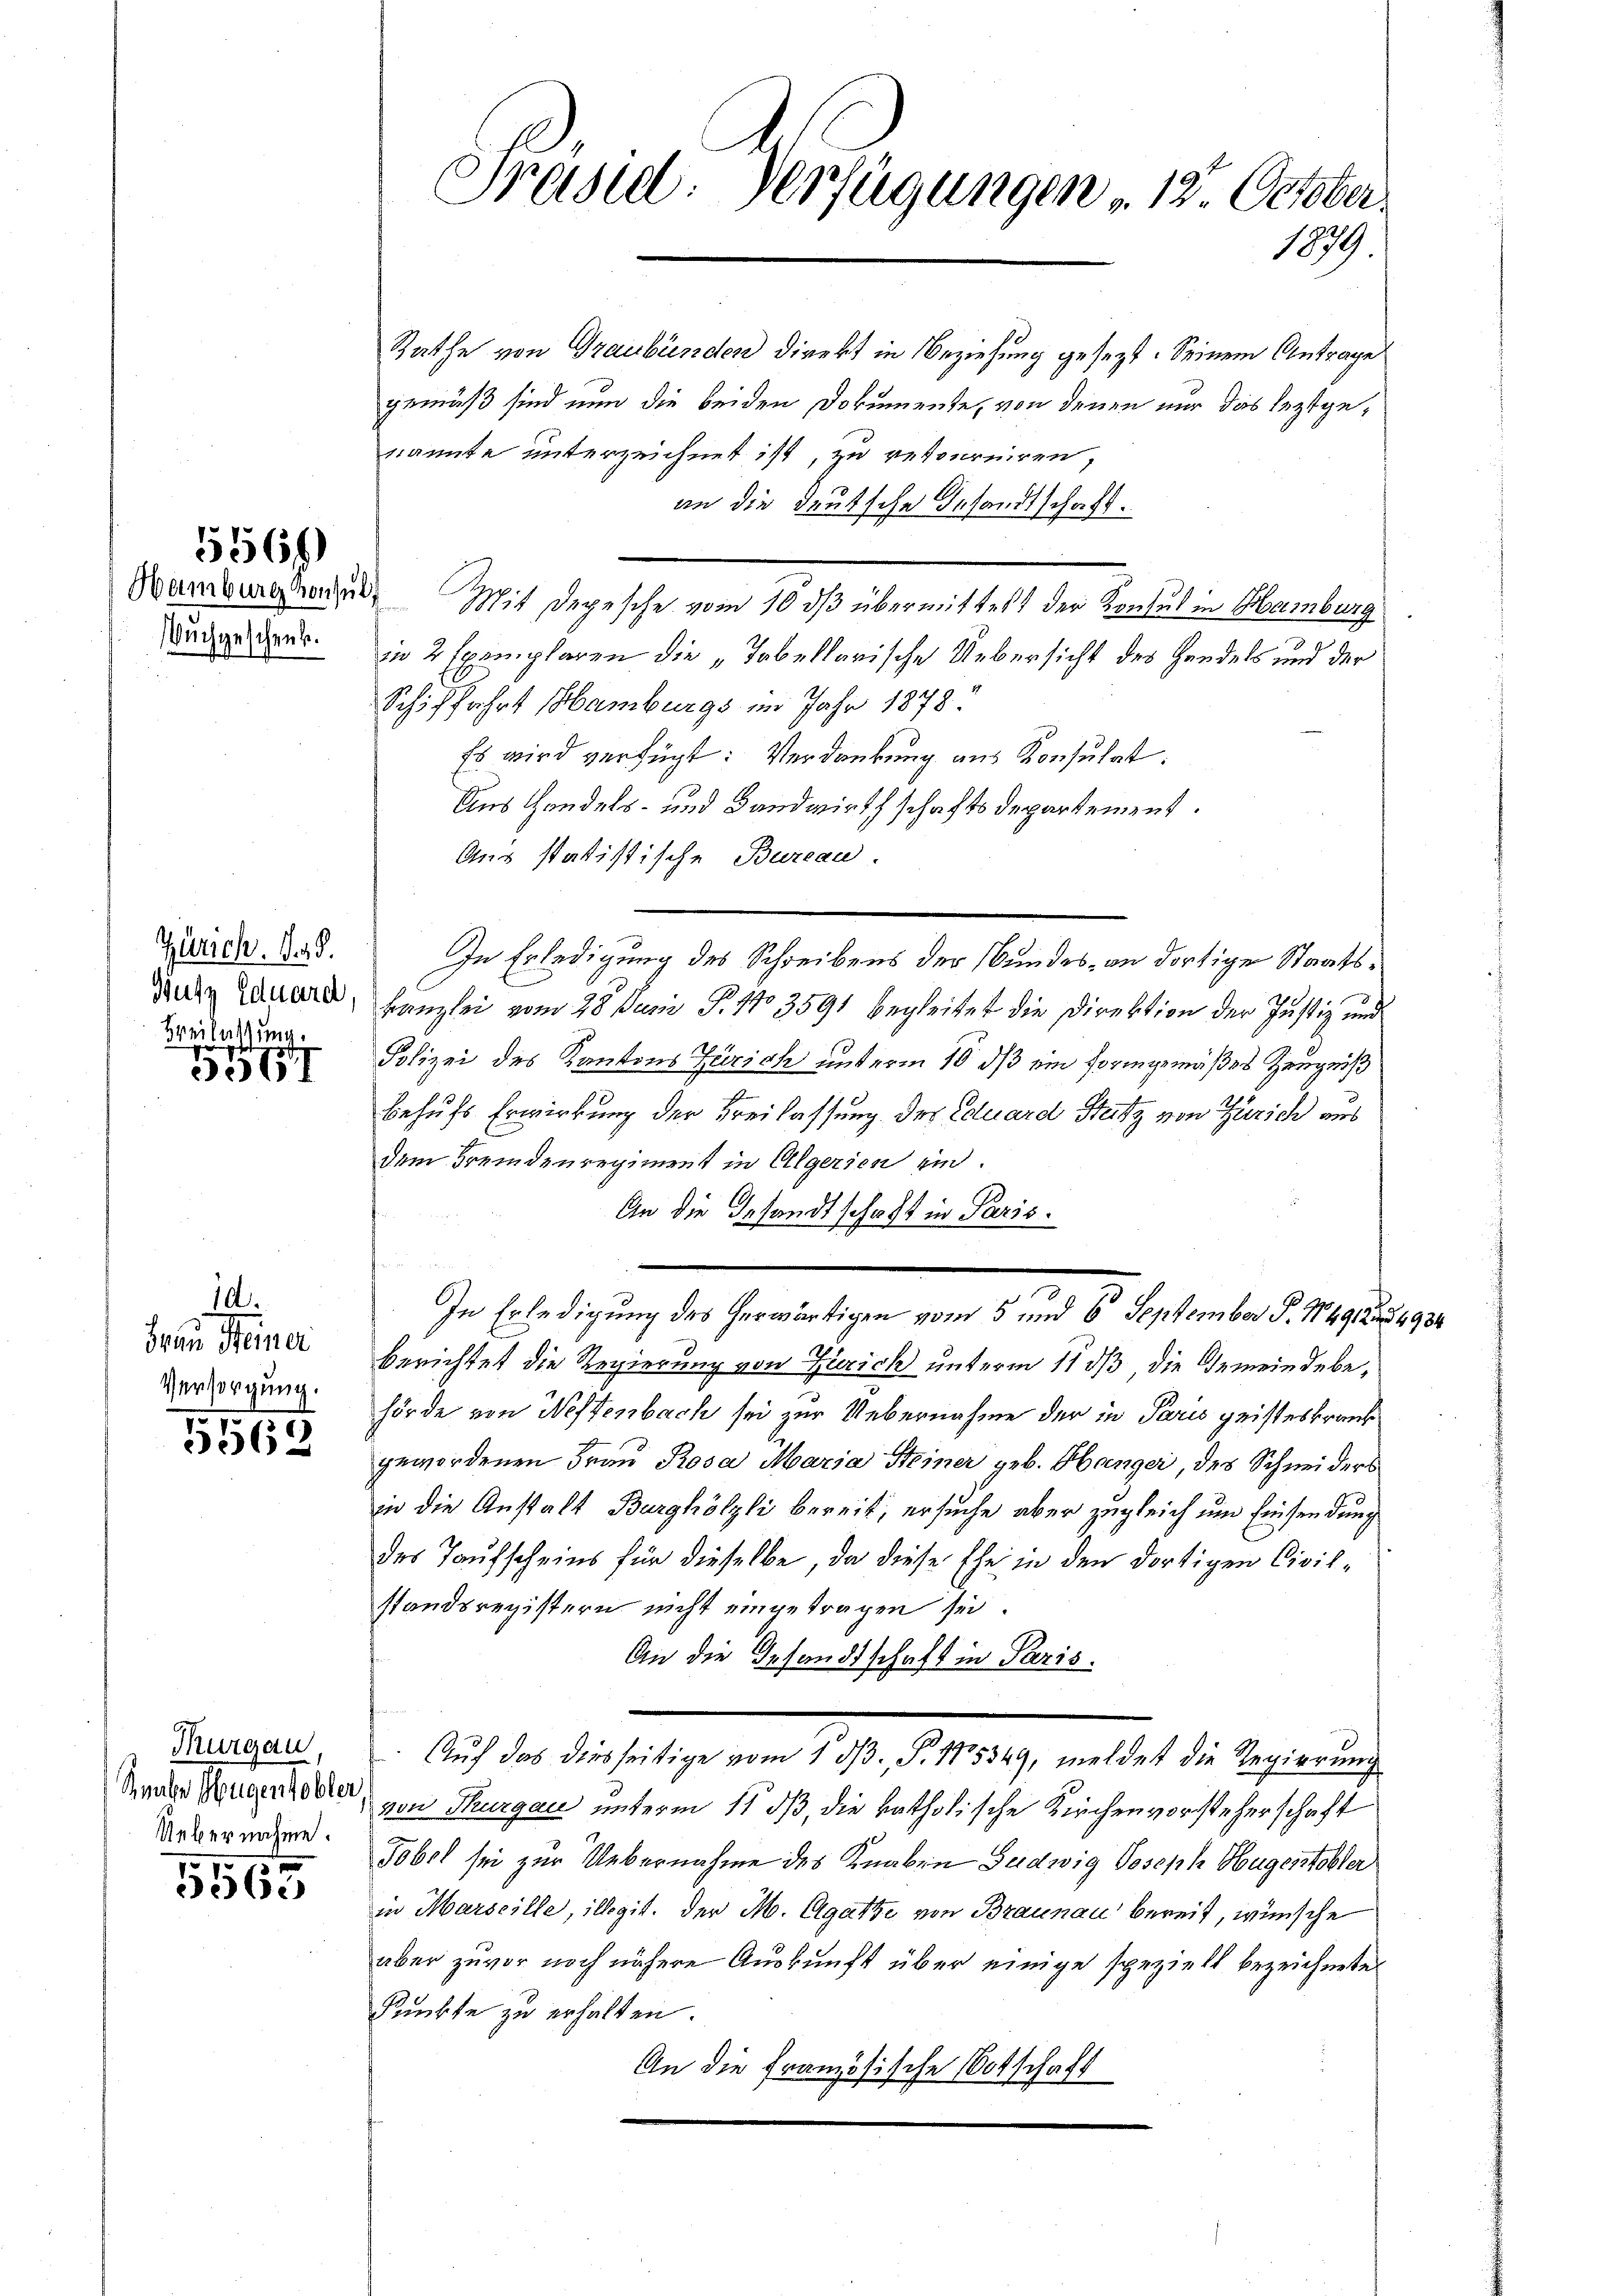
Präsid. Verfügungen „ 12. October.
1879

Rathe von Graubünden direkt in Beziehung gesezt. Seinem Antrage
gemäß sind nun die beiden Dokumente, von denen nur das leztgenannte unterzeichnet ist, zu retourniren,
an die deutsche Gesandtschaft.
Wendung war. Mit Depesche vom 10 dß übermittelt der Konsul in Hamburg
in 2 Exemplaren die „Tabellarische Uebersicht des Handels und der
Schiffahrt Hamburgs im Jahr 1878.
Es wird verfügt: Verdankung aus Konsulat
Aus Handels- und Landwirthschaftsdepartement.
Aus statistische Bureau.
In Erledigung des Schreibens der Bundes, an dortige Staatskanzlei vom 28. Junii P. No 3591 begleitet die Direktion der Justiz und
Polizei des Kantons Zürich unterm 10. ds ein Formgemäßes Zeugniß
behufs Erwirkung der Kreilassung der Eduard Stutz von Zürich aus
dem Fremdenregiment in Algerien sind.
An die Gesandtschaft in Paris.
In Erledigung des herwärtigen vom 5 und 6 September P. Nr. 491. 4920
berichtet die Regierung von Zürich unterm 11 dß die Gemeindebehörde von Neftenbach sei zur Uebernahme der in Paris geisteskrank
gewordenen Frau Rosa Maria Steiner geb. Hanger, des Schneiders
in die Anstalt Burghölzli bereit, ersuche aber zugleich um Einsendung
des Taufscheins für dieselbe, da diese Ehe in den dortigen Civilstandsregistern nicht eingetragen sei.
An die Gesandtschaft in Paris.
Auf das diesseitige vom 1 dβ. P. 125349, meldet die Regierung
von Thurgau unterm 11 dß, die katholische Kirchenvorsteherschaft
e
Tobel sei zur Uebernahme des Knaben Sudwig Joseph Hugentobler
in Marseille, illegit. der M. Agathe von Braunau bereit, wünsche
aber zuvor noch nähere Auskunft über einige speziell bezeichnete
Punkte zu erhalten.
An die Französische Botschaft

5569)

Wuchgeschenk.

Zürich. S. 98.
Butz Eduard
Beilassung.

5057

10.
orien Steiner
Versorgung.

5563

Thurgau,
Saale Augentobler
Uebernahme.

51565